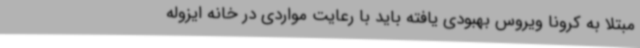
مبتلا به کرونا ویروس بهبودی یافته باید با رعایت مواردی در خانه ایزوله